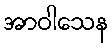
အာဝါသေန